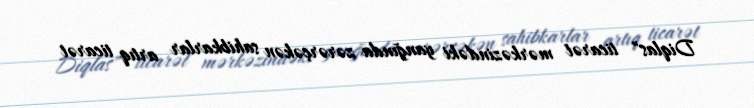
Diqlas" ticarət mərkəzindəki yanğında zərərçəkən sahibkarlar artıq ticarət